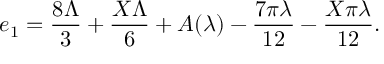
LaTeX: e _ { 1 } = { \frac { 8 \Lambda } { 3 } } + { \frac { X \Lambda } { 6 } } + A ( \lambda ) - { \frac { 7 \pi \lambda } { 1 2 } } - { \frac { X \pi \lambda } { 1 2 } } .